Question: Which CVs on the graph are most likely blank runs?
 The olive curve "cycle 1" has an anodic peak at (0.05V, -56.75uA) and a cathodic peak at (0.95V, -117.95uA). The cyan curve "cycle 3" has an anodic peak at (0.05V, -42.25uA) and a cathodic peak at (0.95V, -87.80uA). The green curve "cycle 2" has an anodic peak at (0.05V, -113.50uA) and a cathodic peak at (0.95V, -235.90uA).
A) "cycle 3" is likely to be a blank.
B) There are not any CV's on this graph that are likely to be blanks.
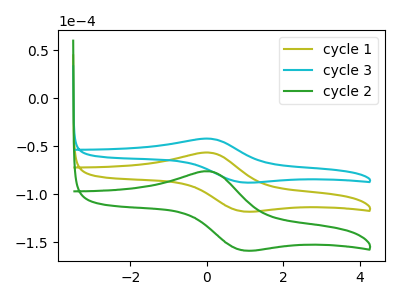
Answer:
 <answer>B) There are not any CV's on this graph that are likely to be blanks.</answer>
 <eval>B</eval>